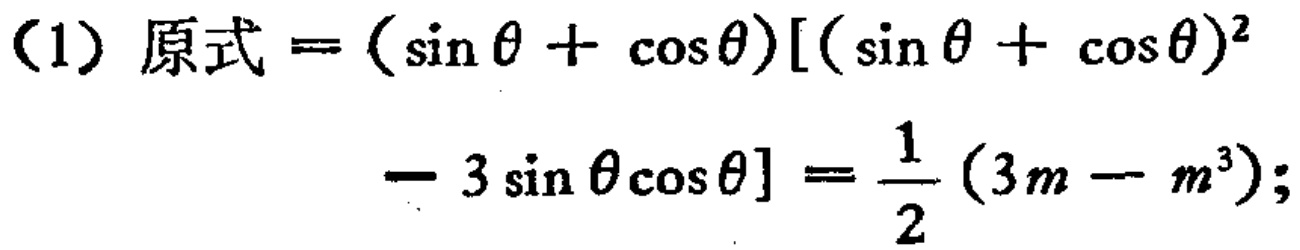
(1) 原式$=(\sin\theta+\cos\theta)[(\sin\theta+\cos\theta)^2 - 3\sin\theta\cos\theta]=\frac{1}{2}(3m - m^3);$